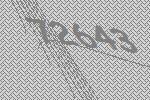
72643